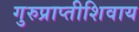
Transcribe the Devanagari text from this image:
गुरुप्राप्तीशिवाय